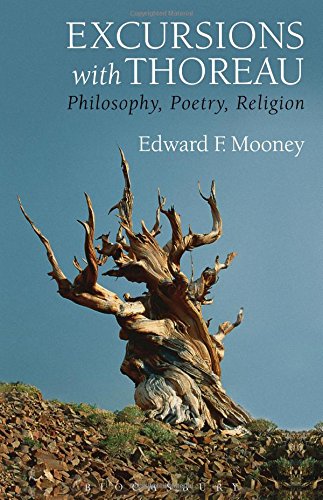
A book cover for Excursions with Thoreau: Philosophy, Poetry, Religion; Edward F. Mooney; Literature & Fiction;